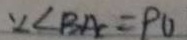
\because \angle B A C = 9 0